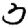
Digit: 3